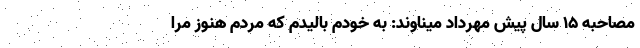
مصاحبه 15 سال پیش مهرداد میناوند: به خودم باليدم كه مردم هنوز مرا